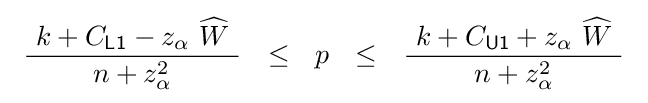
\ {\frac {\ k+C_{\mathsf {L1}}-z_{\alpha }\ {\widehat {W}}\ }{\ n+z_{\alpha }^{2}\ }}~~\leq ~~p~~\leq ~~{\frac {\ k+C_{\mathsf {U1}}+z_{\alpha }\ {\widehat {W}}\ }{n+z_{\alpha }^{2}}}\